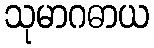
သုမာဂဓာယ